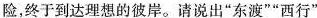
险，终于到达理想的彼岸。请说出”东渡””西行”